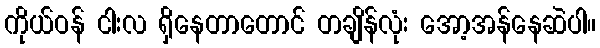
ကိုယ်ဝန် ငါးလ ရှိနေတာတောင် တချိန်လုံး အော့အန်နေဆဲပါ။